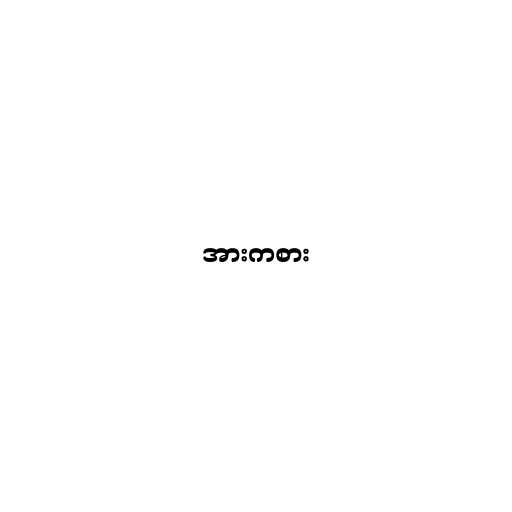
အားကစား